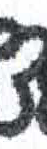
אות: צ